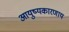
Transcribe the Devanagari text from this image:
आयुष्यकारणाय